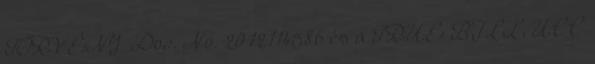
TÖRVÉNY Doc. No. 2012114586 és a TRUE BILL UCC